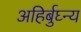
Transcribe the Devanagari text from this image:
अहिर्बुघ्न्य